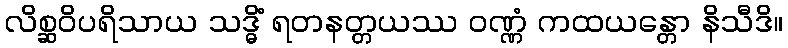
လိစ္ဆဝိပရိသာယ သဒ္ဓိံ ရတနတ္တယဿ ဝဏ္ဏံ ကထယန္တော နိသီဒိ။